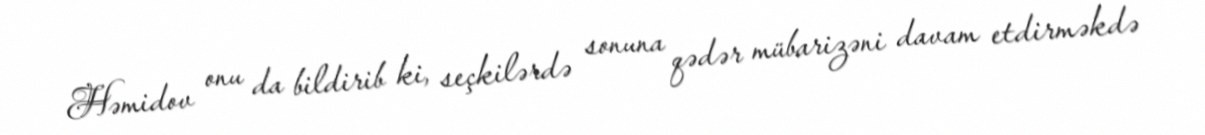
Həmidov onu da bildirib ki, seçkilərdə sonuna qədər mübarizəni davam etdirməkdə